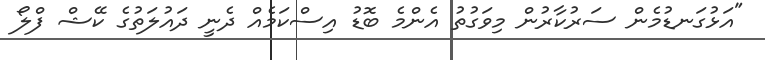
"އަޅުގަނޑުމެން ސަރުކާރުން މިވަގުތު އެންމެ ބޮޑު އިސްކަމެއް ދެނީ ދައުލަތުގެ ކޭޝް ފްލޯ